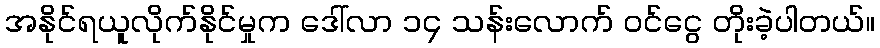
အနိုင်ရယူလိုက်နိုင်မှုက ဒေါ်လာ ၁၄ သန်းလောက် ဝင်ငွေ တိုးခဲ့ပါတယ်။